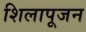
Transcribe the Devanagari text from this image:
शिलापूजन